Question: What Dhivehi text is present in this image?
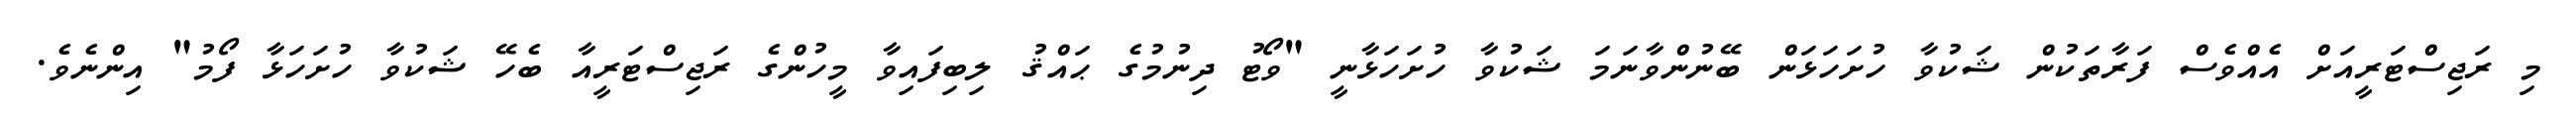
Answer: މި ރަޖިސްޓަރީއަށް އެއްވެސް ފަރާތަކުން ޝަކުވާ ހުށަހަޅަން ބޭނުންވާނަމަ ޝަކުވާ ހުށަހަޅާނީ "ވޯޓު ދިނުމުގެ ޙައްޤު ލިބިފައިވާ މީހުންގެ ރަޖިސްޓަރީއާ ބެހޭ ޝަކުވާ ހުށަހަޅާ ފޯމު" އިންނެވެ.